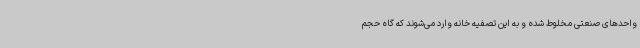
واحدهای صنعتی مخلوط شده و به این تصفیه خانه وارد می‌شوند که گاه حجم